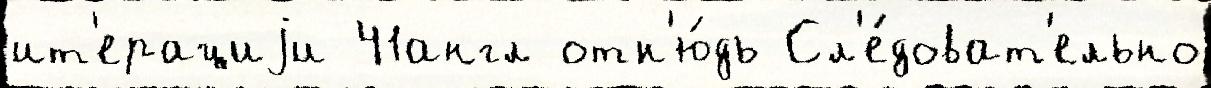
ит'ерациjи 41англ отн'ю́дь Сл'е́доват'ельно